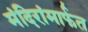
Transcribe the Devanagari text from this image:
मंदिरांमार्फत